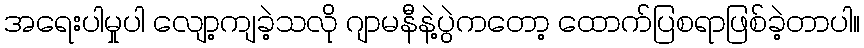
အရေးပါမှုပါ လျော့ကျခဲ့သလို ဂျာမနီနဲ့ပွဲကတော့ ထောက်ပြစရာဖြစ်ခဲ့တာပါ။